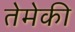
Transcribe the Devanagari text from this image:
तेमेकी